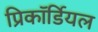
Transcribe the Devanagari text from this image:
प्रिकॉर्डियल